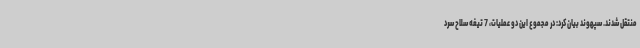
منتقل شدند. سپهوند بیان کرد: در مجموع این دو عملیات، 7 تیغه سلاح سرد